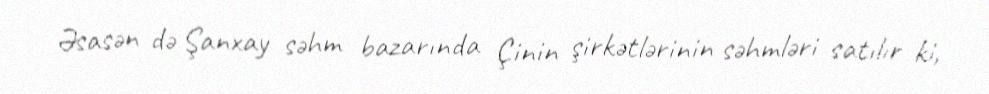
Əsasən də Şanxay səhm bazarında Çinin şirkətlərinin səhmləri satılır ki,